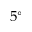
5 ^ { \circ }